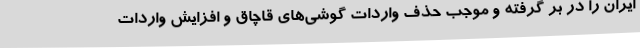
ایران را در بر گرفته و موجب حذف واردات گوشی‌های قاچاق و افزایش واردات